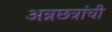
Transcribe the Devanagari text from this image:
अन्नछत्रांची